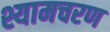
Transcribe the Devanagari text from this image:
श्यामचरण